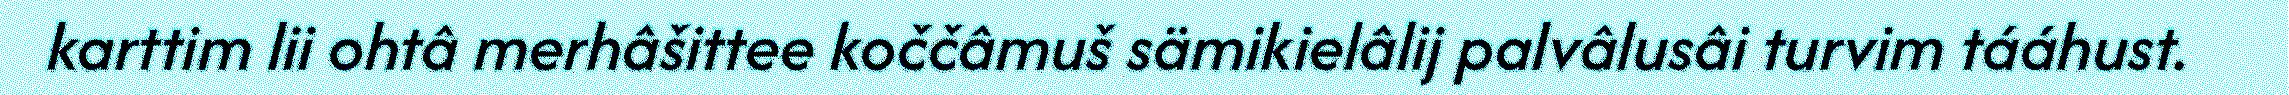
karttim lii ohtâ merhâšittee koččâmuš sämikielâlij palvâlusâi turvim tááhust.